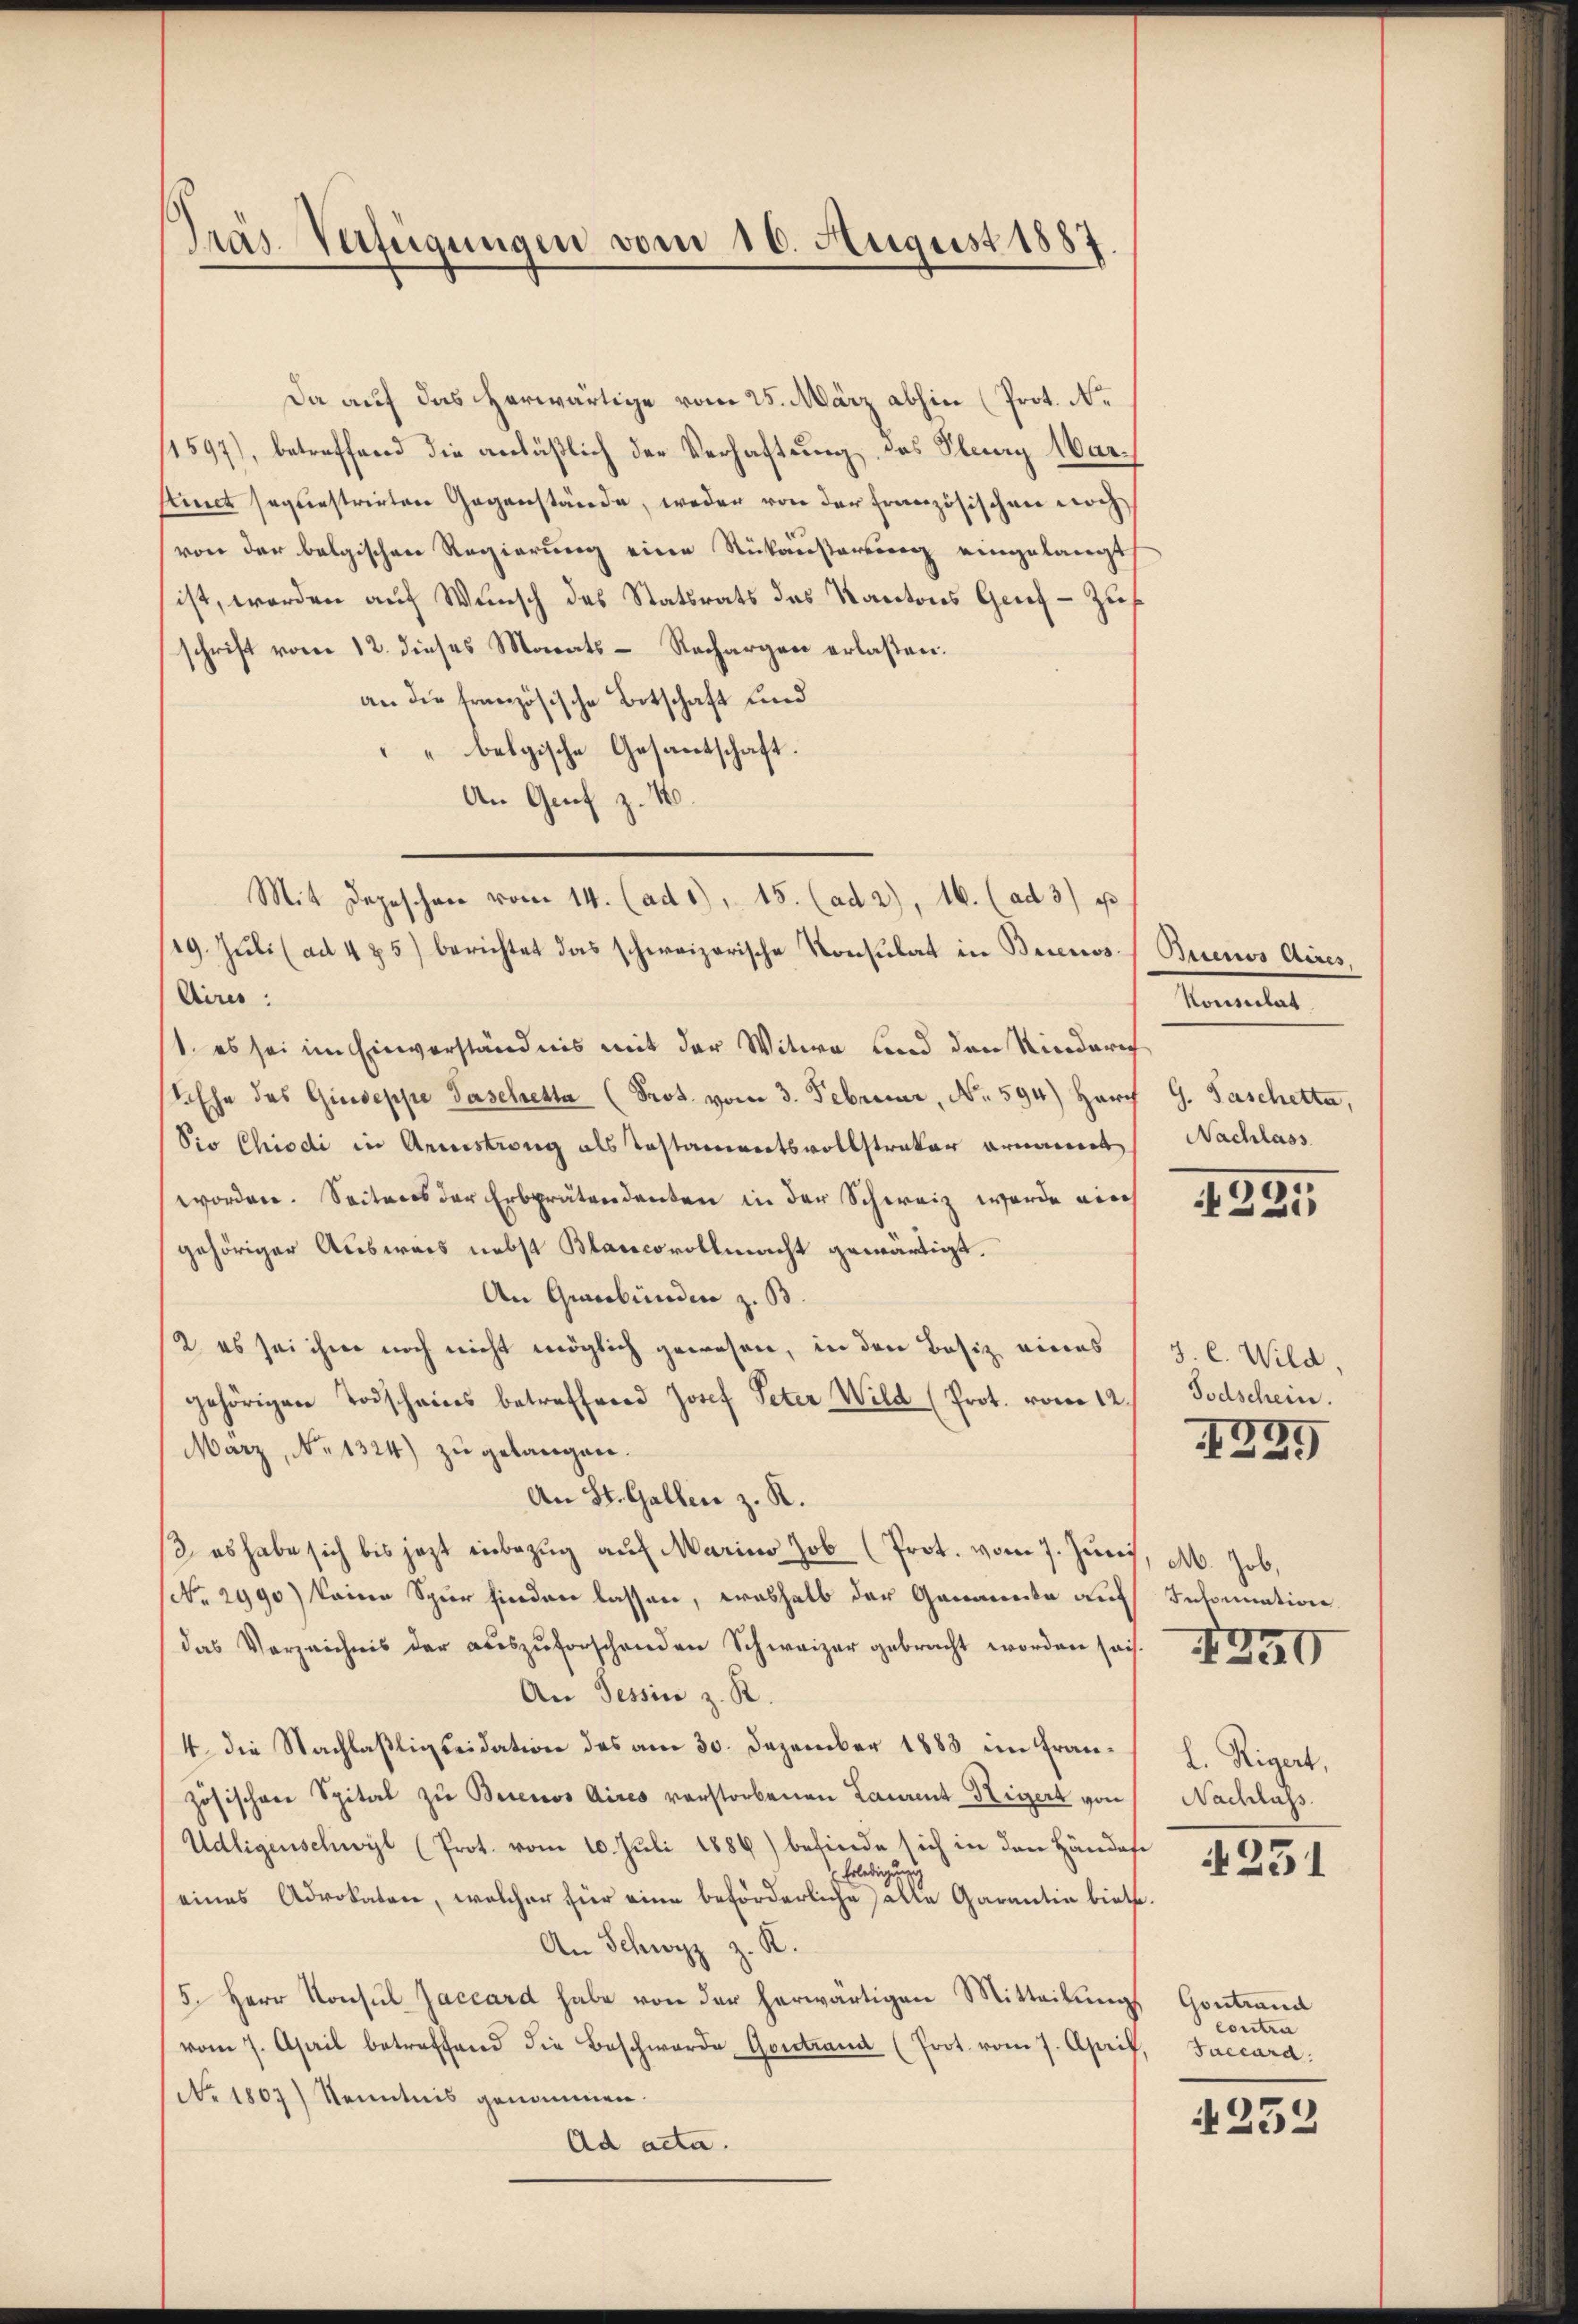
Präs. Verfügungen vom 16. August 1887.

Da auf das herwärtige vom 25. März abhin (Prot. N.
11597), betreffend die anläßlich der Verhaftung des Plany Warstinct sequestrirten Gegenstände, weder von der Französischen noch
von der belgischen Regierung eine Rückausartung eingelangt
ist, worden auf Wunsch des Statsrats das Kantons Genf - Zuf
schrift vom 12. dieses Morats-Rechargen erlaßen.
an die französische Botschaft und
belgische Gesantschaft.
An Graf z. 10.
19. Juli (ad 4 25) berichtet das schweizerische Konsulat in Brienos¬
Aires.
1. es sei im Einverständnis mit der Witwe und den Kinderich
. Ehe des Giuseppe Paselretta (Prot. vom 3. Februar, No. 594) Harch
Sio Chiodi in Arrestreng als Testamentsvollstrator ernannt
worden. Seitens der Erbprätendenten in der Schweiz wurde nich
gehöriger Ausweis nebst Blancovollmacht gewärtigt.
An Grebunden z. B.
2. es sei ihre noch nicht möglich gewesen, in den Besiz eines
gehörigen Todscheines betreffend Josef Peter Wild (Prot. vom 12.
Marz, No 1324) zu gelangen.
An St. Gallen z. R.
12. es habe sich bis jetzt inbezug auf Marino Job (Prot. vom 7. Juni
NNo. 2990) keine Spur finden lassen, weshalb der Genannte auf
das Vers der aŭszŭforschenden Schweigebracht worden sei
An Tessin z. R.
4. die Nachlaßligseidation des am 30. Dezember 1883 im Französischere Spital zu Buenos Aires vorstorbenen Laurent Hegert von
Udligenschwyl (Prot. vom 10. Juli 1886) befinde sich in den Händes¬
Erledigung
eines Advokaten, welcher für eine beförderliche alle Garantin biete
An Schwyz z. R.
5. Herr Konsŭl Jaccard habe von der herwärtigen Mitteilŭngs
vom 7. April betreffend die Beschwerde Gontrand (Prot. vom 7. April.
No. 1807) Kenntnis genommen.
Ad acta.

Mit Depeschen vom 14. (ad 1), 15. (ad 2), 16. (ad 3) u

Buenos Aires,
Konsertat
G. Faschetta,
Nachlass

.

255

J. C. Wild.
Todschein.
.

1539

M. Job.
Intomation

L. Rigert,
Nachlass

4251

Gontrand
Contra
Faccard:

4252